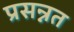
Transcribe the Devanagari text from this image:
प्रसन्नत